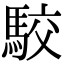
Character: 駮